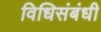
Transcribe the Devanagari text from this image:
विधिसंबंधी